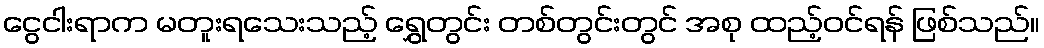
ငွေငါးရာက မတူးရသေးသည့် ရွှေတွင်း တစ်တွင်းတွင် အစု ထည့်ဝင်ရန် ဖြစ်သည်။